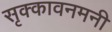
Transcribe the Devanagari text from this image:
सृक्कावनमनी